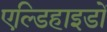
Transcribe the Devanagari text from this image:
एल्डिहाइडों